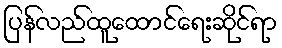
ပြန်လည်ထူထောင်ရေးဆိုင်ရာ